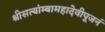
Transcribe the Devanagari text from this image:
श्रीसत्यांम्बामहादेवीपूजनं